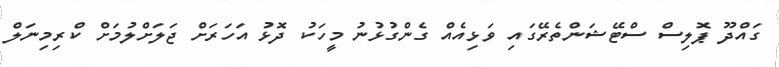
ގައްދޫ ޕޮލިސް ސްޓޭޝަންތެރޭގައި ވަޅިއެއް ގެންގުޅުނު މީހަކު ދޮޅު އަހަރަށް ޖަލަށްލުމަށް ކްރިމިނަލް